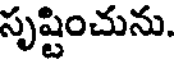
సృష్టించును.